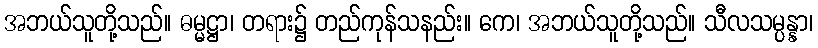
အဘယ်သူတို့သည်။ ဓမ္မဋ္ဌာ၊ တရား၌ တည်ကုန်သနည်း။ ကေ၊ အဘယ်သူတို့သည်။ သီလသမ္ပန္နာ၊